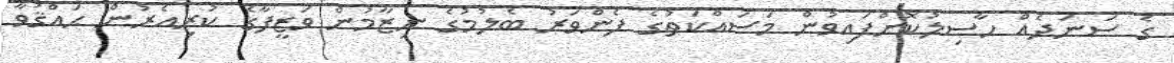
ގެ ސަނަދެއް ހާސިލުކޮށްފައިވުން މަސައްކަތުގެ ފެންވަރު ބެލުމުގެ ނިޒާމުން ވަޒީފާގެ ކުރިއެރުން ޙައްޤުވާ